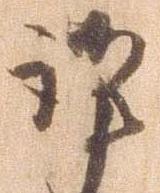
謹